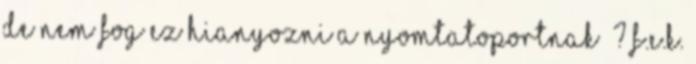
De nem fog ez hianyozni a nyomtatoportnak ? F.E.K.